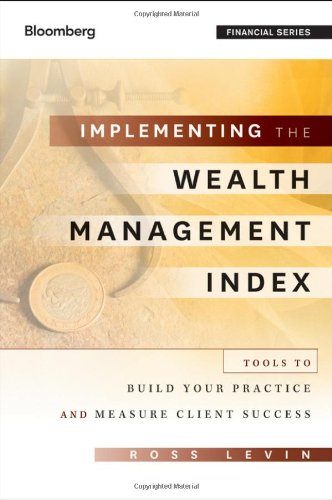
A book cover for Implementing the Wealth Management Index: Tools to Build Your Practice and Measure Client Success; Ross Levin; Business & Money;